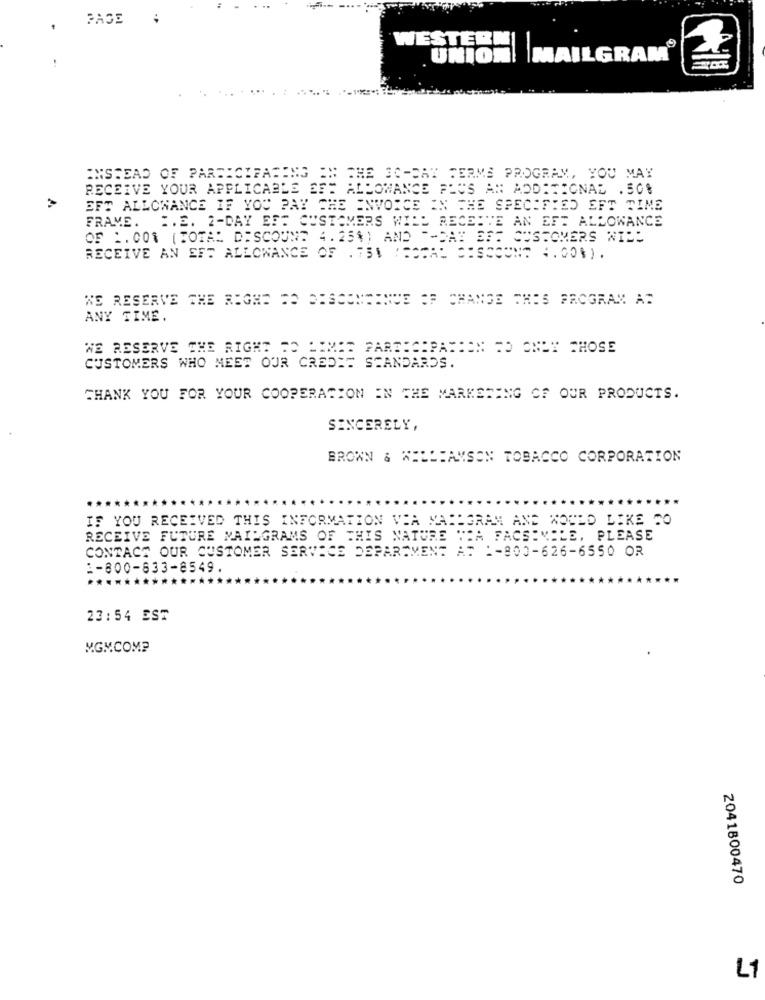
PAGE
WESTERN
|MAILGRAM
INSTEAD OF PARTICIPATING IN THE 30-DAY TERMS PROGRAM, YOU MAY
RECEIVE YOUR APPLICABLE EFT ALLOWANCE PLUS AN ADDITIONAL . 50%
EFT ALLOWANCE IF YOU PAY THE INVOICE IN TE
AN THE SPECIFIED
FIED EFT TIME
FRAME. ". E. 2-DAY EFT CUSTOMERS WILL RECEIVE AN EFT ALLOWANCE
OF 1. 001 ( TOTAL DISCOUNT 4.25%) AND "-DAY EFT CUSTOMERS WILL
RECEIVE AN EFT ALLOWANCE OF . 751 (FOCAL DISCOUNT 4. 00%).
WE RESERVE THE RIGHE DO DESCOMSENSE OF CHANGE THIS PROGRAM AT
ANY TIME.
WE RESERVE THE RIGHT DO LIMES PARTICIPARDEN CD ONLY THOSE
CUSTOMERS WHO MEET OUR CREDIT STANDARDS.
THANK YOU FOR YOUR COOPERATION IN THE MARKEDING OF OUR PRODUCTS.
SINCERELY,
BROWN & WILLIAMSON TOBACCO CORPORATION
IF YOU RECEIVED THIS INFORMATION VIA MAILGRAM AND WOULD LIKE TO
RECEIVE FUTURE MAILGRAMS OF THIS NATURE THA FACSIMILE, PLEASE
CONTACT OUR CUSTOMER SERVICE DEPARTMENT AT 1-800-626-6550 OR
1-800-833-8549.
*******
23:54 EST
MGMCOMP
2041800470
L1